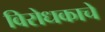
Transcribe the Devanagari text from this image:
विरोधकाचे